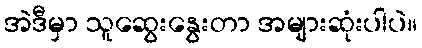
အဲဒီမှာ သူဆွေးနွေးတာ အများဆုံးပါပဲ။